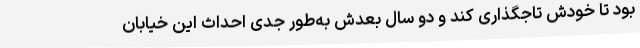
بود تا خودش تاجگذاری کند و دو سال بعدش به‌طور جدی احداث این خیابان